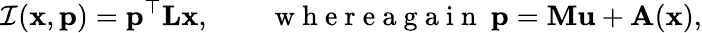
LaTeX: \mathcal{I}(\mathbf{x},\mathbf{p})=\mathbf{p}^{\top}\mathbf{L}\mathbf{x},\qquad\mathrm{~w~h~e~r~e~a~g~a~i~n~}\ \mathbf{p}=\mathbf{M}\mathbf{u}+\mathbf{A}(\mathbf{x}),